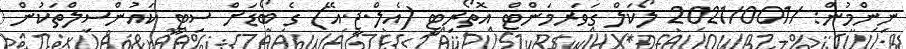
ނިންމުން: /2021/001 ލޯކަލް ގަވަރމަންޓް އޮތޯރިޓީ (އެލް.ޖީ.އޭ) ގެ ބޯޑަށް ސިޓީ ކައުންސިލްތަކުން